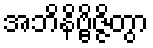
အဘိနိဗ္ဗိဇ္ဇိတွာ